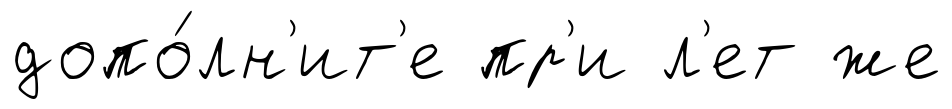
допо́лн'ит'е пр'и л'ет же